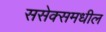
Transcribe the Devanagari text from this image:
ससेक्समधील